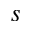
s